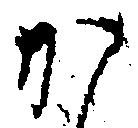
か